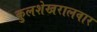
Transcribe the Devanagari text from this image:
कुलशेखरालवार